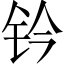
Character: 钤